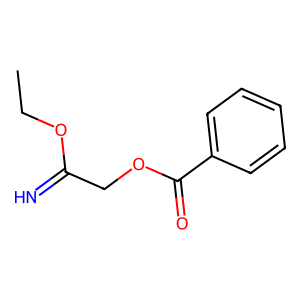
SMILES: CCOC(=N)COC(=O)c1ccccc1
Inhibits HIV replication: No